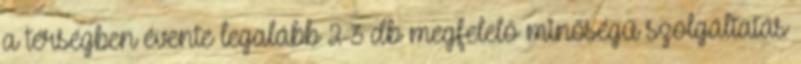
a térségben évente legalább 2-3 db megfelelő minőségű szolgáltatás